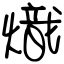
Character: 熾